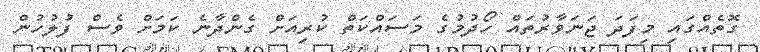
ގޮތެއްގައި މިފަދަ ޖަނަވާރުތައް ހޯދުމުގެ މަސައްކަތް ކުރިއަށް ގެންދާނެ ކަމަށް ވެސް ފުލުހުން